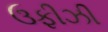
ઉફીઝી